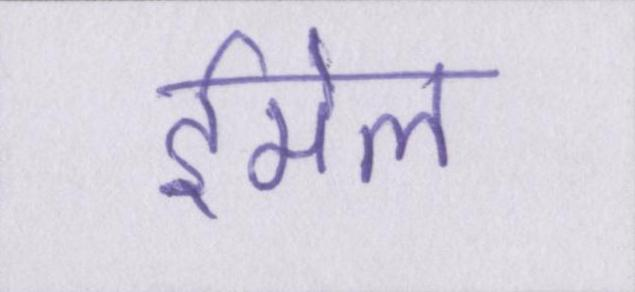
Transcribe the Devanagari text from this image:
ईमेल